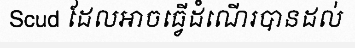
Scud ដែលអាចធ្វើដំណើរបានដល់